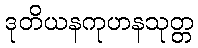
ဒုတိယနကုဟနသုတ္တ